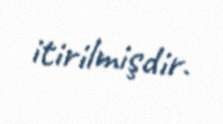
itirilmişdir.